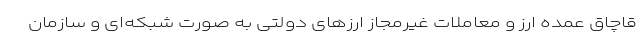
قاچاق عمده ارز و معاملات غیرمجاز ارزهای دولتی به صورت شبکه‌ای و سازمان